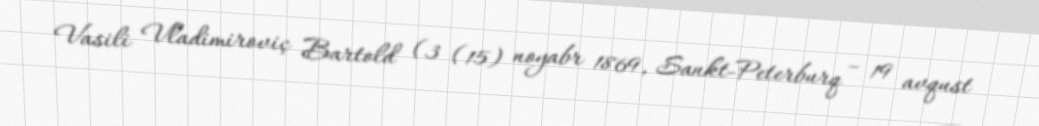
Vasili Vladimiroviç Bartold (3 (15) noyabr 1869, Sankt-Peterburq – 19 avqust